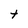
Character: t